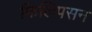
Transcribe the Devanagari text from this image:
फिलिपसन